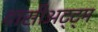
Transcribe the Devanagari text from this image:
दासीअट्ट्म